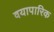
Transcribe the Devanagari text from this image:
वयापारिक